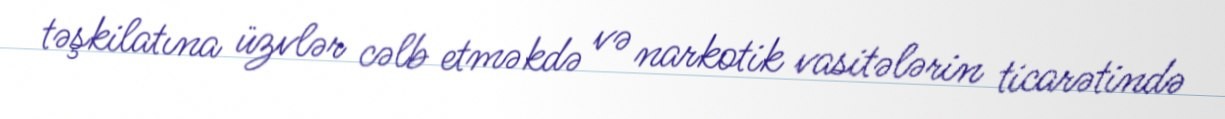
təşkilatına üzvlər cəlb etməkdə və narkotik vasitələrin ticarətində